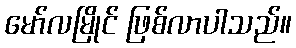
မော်လမြိုင် ဖြစ်လာပါသည်။